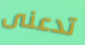
تدعنى